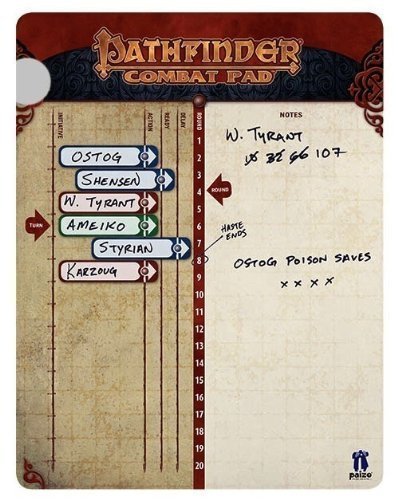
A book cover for Pathfinder Combat Pad; Science Fiction & Fantasy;